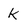
Character: k